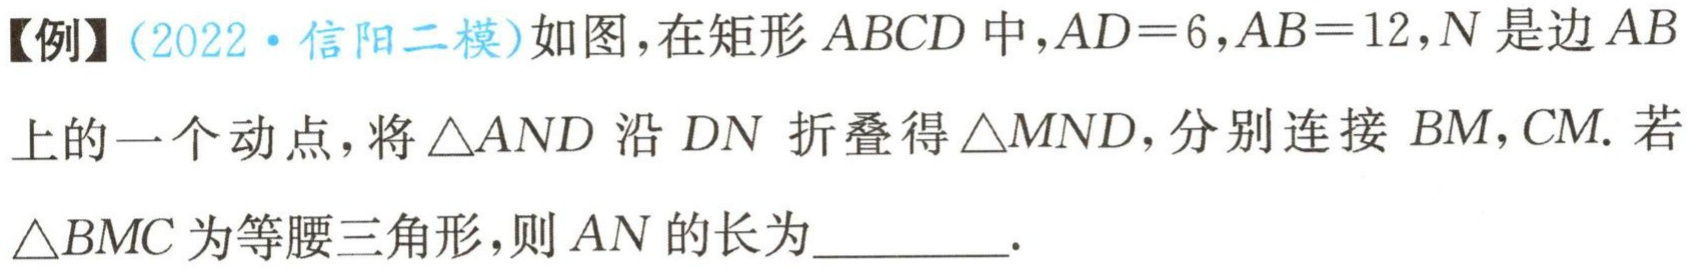
【例】(2022·信阳二模)如图，在矩形 \(ABCD\) 中，\(AD = 6\)，\(AB = 12\)，\(N\) 是边 \(AB\)上的一个动点，将 \(\triangle AND\) 沿 \(DN\) 折叠得 \(\triangle MND\)，分别连接 \(BM\)，\(CM\). 若\(\triangle BMC\) 为等腰三角形，则 \(AN\) 的长为________.